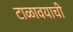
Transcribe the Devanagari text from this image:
टाळावयाची